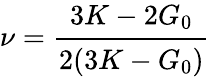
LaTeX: \nu=\cfrac{3K-2G_{0}}{2(3K-G_{0})}